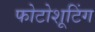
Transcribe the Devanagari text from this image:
फोटोशूटिंग